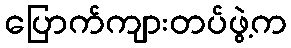
ပြောက်ကျားတပ်ဖွဲ့က